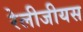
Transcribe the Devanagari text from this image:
रेलीजीयस